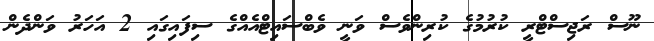
ނޫސް ރަޖިސްޓްރީ ކުރުމުގެ ކުރިންވެސް ވަނީ ވެބްސައިޓްއެއްގެ ސިފައިގައި 2 އަހަރު ވަންދެން